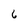
Character: 6